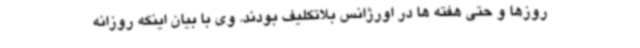
روزها و حتی هفته ها در اورژانس بلاتکلیف بودند. وی با بیان اینکه روزانه